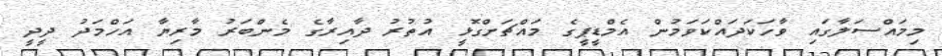
މިމައްސަލާގައި ވާހަކަދައްކަވަމުން އެމްޑީޕީގެ މައްޗަށްގޮޅީ އުތުރު ދާއިރާގެ މެންބަރު މާރިޔާ އަހްމަދު ދީދީ